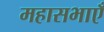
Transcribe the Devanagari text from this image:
महासभाएँ